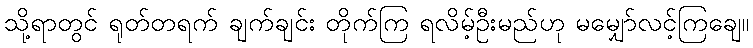
သို့ရာတွင် ရုတ်တရက် ချက်ချင်း တိုက်ကြ ရလိမ့်ဦးမည်ဟု မမျှော်လင့်ကြချေ။